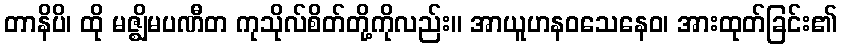
တာနိပိ၊ ထို မဇ္ဈိမပဏီတ ကုသိုလ်စိတ်တို့ကိုလည်း။ အာယူဟနဝသေနေဝ၊ အားထုတ်ခြင်း၏